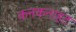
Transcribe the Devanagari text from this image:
कनकनाहट